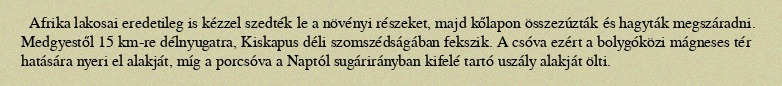
Afrika lakosai eredetileg is kézzel szedték le a növényi részeket, majd kőlapon összezúzták és hagyták megszáradni. Medgyestől 15 km-re délnyugatra, Kiskapus déli szomszédságában fekszik. A csóva ezért a bolygóközi mágneses tér hatására nyeri el alakját, míg a porcsóva a Naptól sugárirányban kifelé tartó uszály alakját ölti.